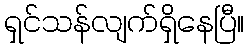
ရှင်သန်လျက်ရှိနေပြီ။